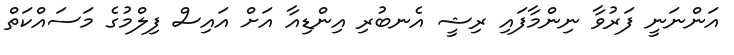
އަންނަނީ ފަރުވާ ނިންމާފައި ރިޝީ އެނބުރި އިންޑިއާ އަށް އައިސް ފިލްމުގެ މަސައްކަތް